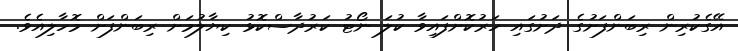
އޭގެކުރިން ރިބަންފަށުގެ ދަށުގައި ހަރުކޮށްފައިވާ ކުލަ ނޯޓު ކަރުދާސްކޮޅު ކިޔާލުމަށް ރިބަންފަށް މޮހާލިއެވެ.